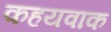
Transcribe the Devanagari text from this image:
कहयवाक